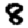
Digit: 8